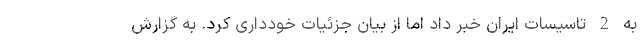
به 2 تاسیسات ایران خبر داد اما از بیان جزئیات خودداری کرد. به گزارش